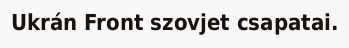
Ukrán Front szovjet csapatai.